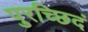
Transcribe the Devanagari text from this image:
पुरच्छिदं